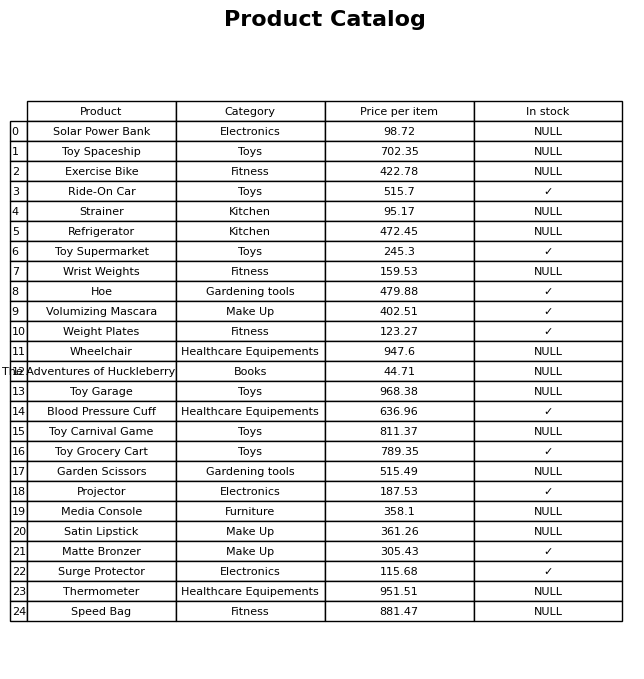
question: What is the price of the Weight Plates?
answer: The price of Weight Plates is 123.27.